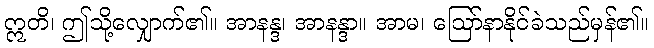
ဣတိ၊ ဤသို့လျှောက်၏။ အာနန္ဒ၊ အာနန္ဒာ။ အာမ၊ ဩော်နာနိုင်ခဲသည်မှန်၏။